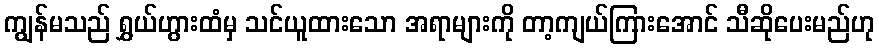
ကျွန်မသည် ရွှယ်ဟွားထံမှ သင်ယူထားသော အရာများကို တာ့ကျယ်ကြားအောင် သီဆိုပေးမည်ဟု